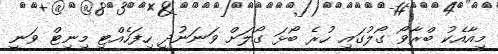
މިއާއެކު ބްރާވޯ ގޯލުގައި ހުރެ ބޯޅަ ގޯލަށް ވަނަނުދީ ހިފަހެއްޓި މިނިޓް ވަނީ